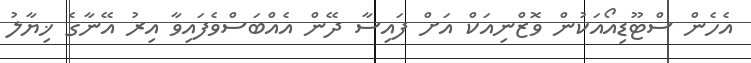
އެހެން ސްޓޫޑިއޯއަކުން ވޮޒްނިއަކް އަށް ފައިސާ ދޭން އެއްބަސްވެފައިވާ އިރު އޭނާގެ ޚިޔާލު